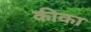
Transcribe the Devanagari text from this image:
कीका